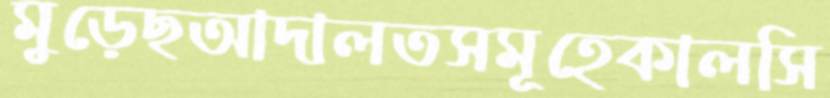
মুড়েছআদালতসমূহেকালসি